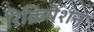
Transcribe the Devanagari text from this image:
रिक्रियेशन